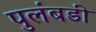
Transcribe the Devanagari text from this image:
पुलंबडी